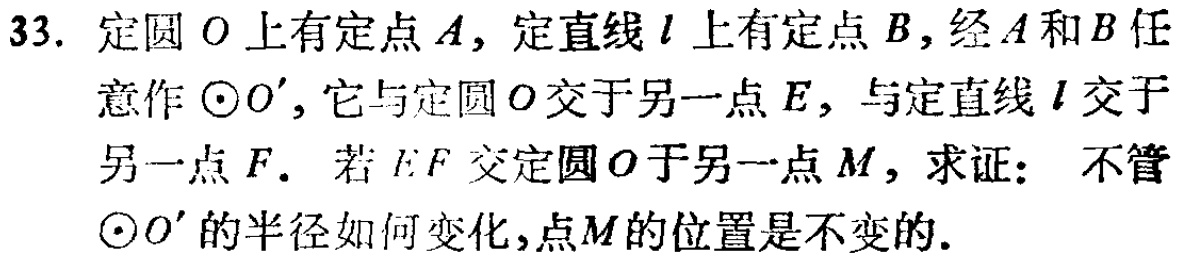
33. 定圆 \(O\) 上有定点 \(A\)，定直线 \(l\) 上有定点 \(B\)，经 \(A\) 和 \(B\) 任意作 \(\odot O'\)，它与定圆 \(O\) 交于另一点 \(E\)，与定直线 \(l\) 交于另一点 \(F\). 若 \(EF\) 交定圆 \(O\) 于另一点 \(M\)，求证： 不管 \(\odot O'\) 的半径如何变化，点 \(M\) 的位置是不变的.